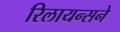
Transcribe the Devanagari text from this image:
रिलायन्सने